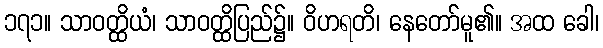
၁၇၁။ သာဝတ္ထိယံ၊ သာဝတ္ထိပြည်၌။ ဝိဟရတိ၊ နေတော်မူ၏။ အထ ခေါ၊